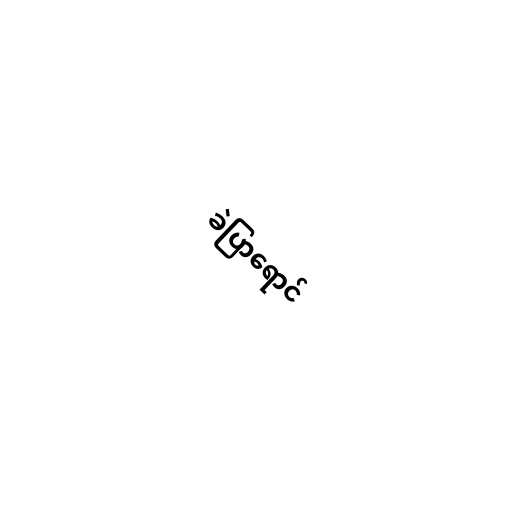
ခဲပြာရောင်